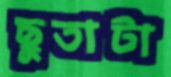
ছুতাটা